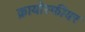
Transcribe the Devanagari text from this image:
क्रायोस्फीयर